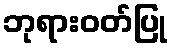
ဘုရားဝတ်ပြု